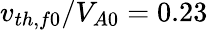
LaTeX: v_{th,f0}/V_{A0}=0.23